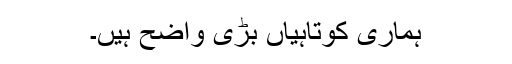
ہماری کوتاہیاں بڑی واضح ہیں۔